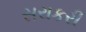
સરાકરી